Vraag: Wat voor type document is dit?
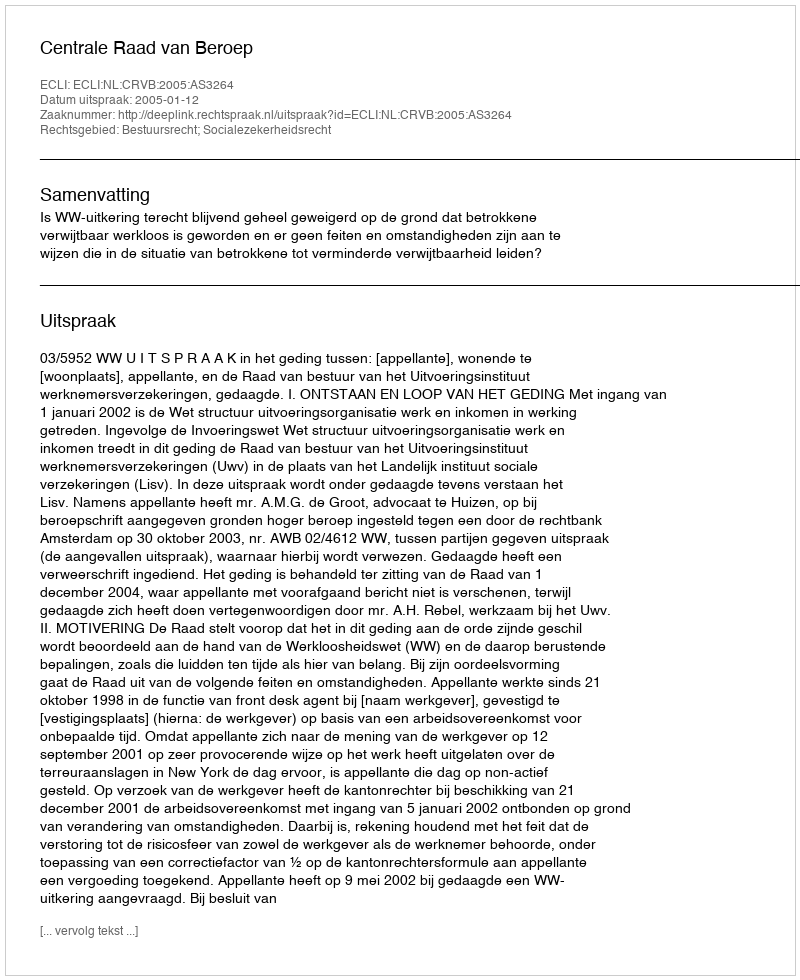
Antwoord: Uitspraak